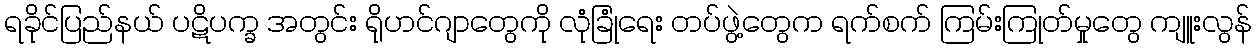
ရခိုင်ပြည်နယ် ပဋိပက္ခ အတွင်း ရိုဟင်ဂျာတွေကို လုံခြုံရေး တပ်ဖွဲ့တွေက ရက်စက် ကြမ်းကြုတ်မှုတွေ ကျူးလွန်